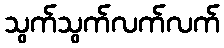
သွက်သွက်လက်လက်